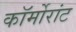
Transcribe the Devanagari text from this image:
कॉर्मोरांट